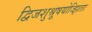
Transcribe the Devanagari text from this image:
द्विजशुश्रूषयोज्झिताः